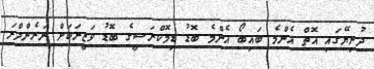
ދުނިޔޭގައި އޮތް އެންމެ ބައިބޯ އެންމެ ބޮޑު ޑިމޮކްރަސީގެ ބޮޑު ވަޒީރަކަށް ނަރެންދްރަ